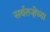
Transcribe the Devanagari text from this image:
सर्वतऱ्हेच्या